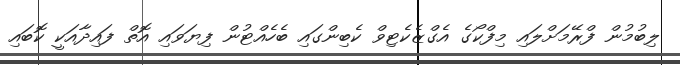
ލިބުމުން ފްރޭމަށްލައި މިފްކޯގެ އެގްޒެކެޓިވް ކެބިންގައި ބެހެއްޓުން ފިޔަވައި އޮތް ފައިދާއަކީ ކޮބައި